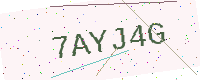
Text: 7AYJ4G